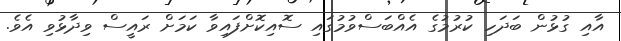
އާއި ގުޅުން ބަދަހި ކުރުމުގެ އެއްބަސްވުމުގައި ސޮއިކޮށްފައިވާ ކަަމަށް ރައީސް ވިދާޅުވި އެވެ.